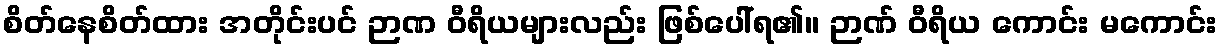
စိတ်နေစိတ်ထား အတိုင်းပင် ဉာဏ ဝီရိယများလည်း ဖြစ်ပေါ်ရ၏။ ဉာဏ် ဝီရိယ ကောင်း မကောင်း